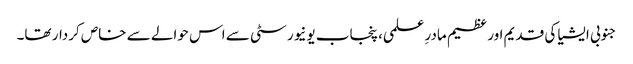
جنوبی ایشیا کی قدیم اور عظیم مادرِ علمی، پنجاب یونیورسٹی سے اس حوالے سے خاص کردار تھا۔